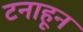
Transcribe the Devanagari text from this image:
टनाहून